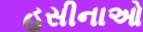
હસીનાઓ